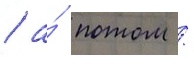
/ а́ потом /